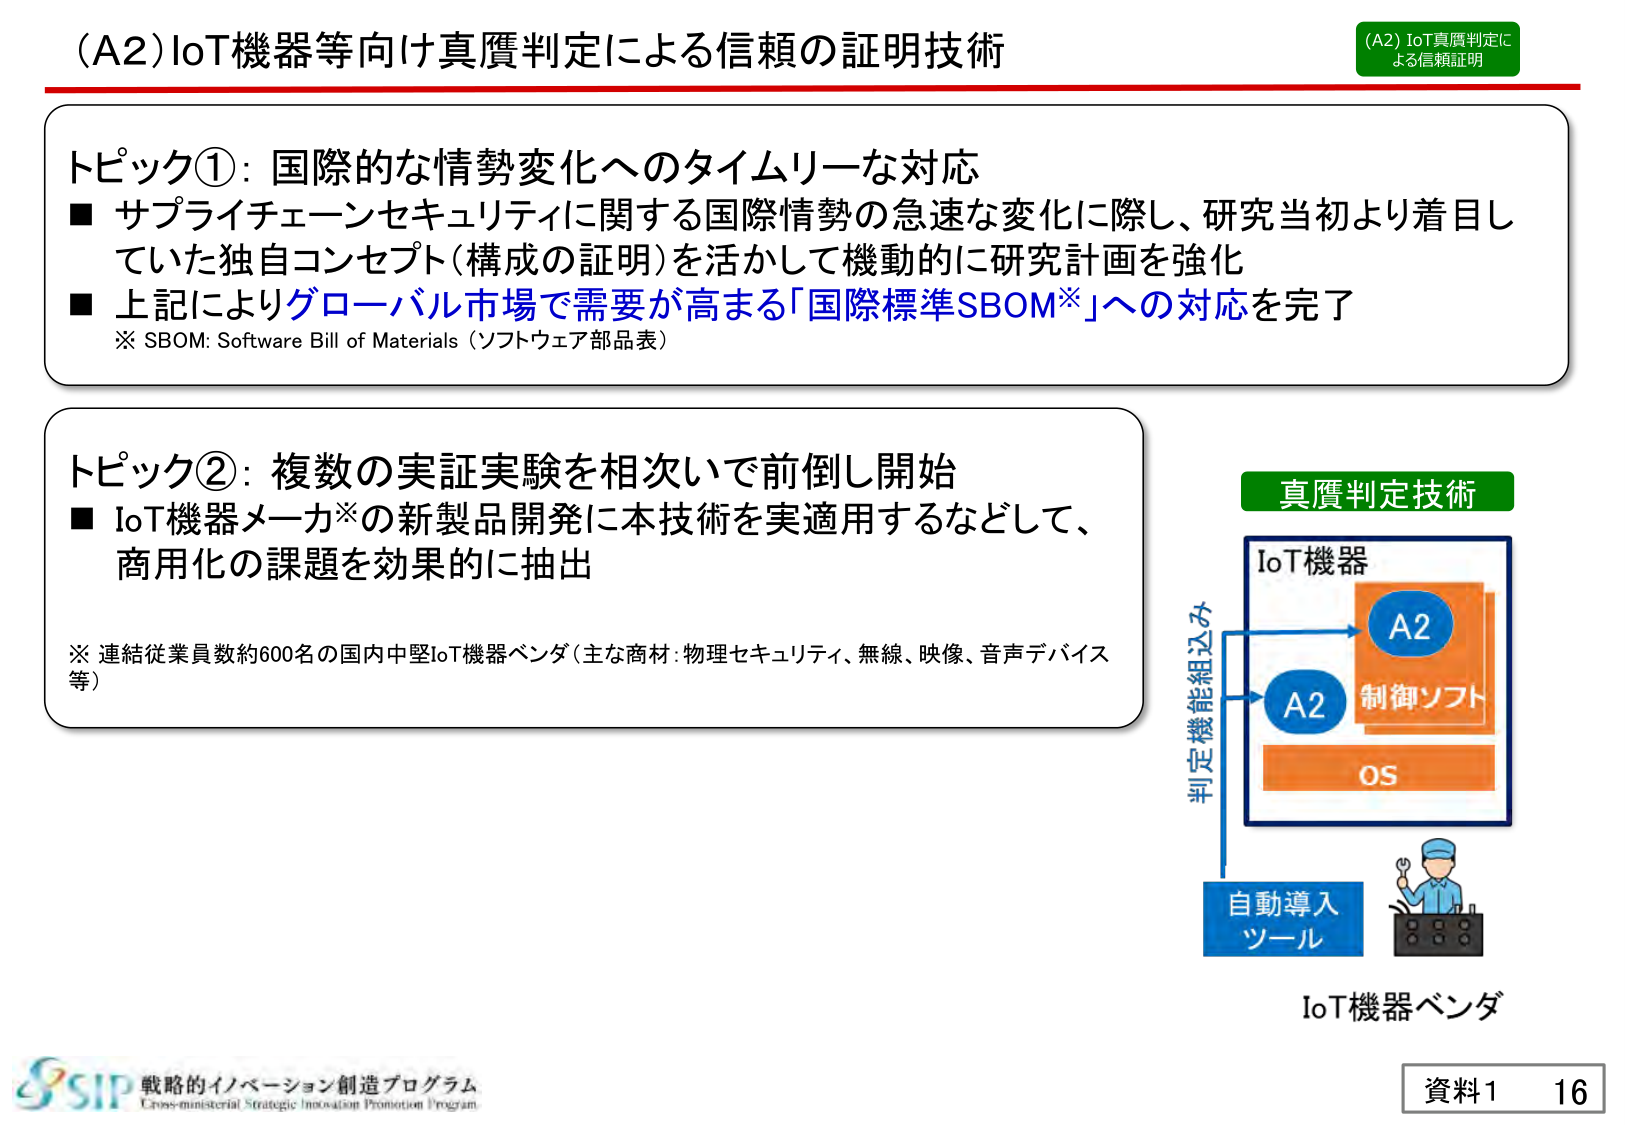
(A2) IoT機器等向け真贋判定による信頼の証明技術

(A2) IoT真贋判定による信頼証明

トピック①：国際的な情勢変化へのタイムリーな対応
■ サプライチェーンセキュリティに関する国際情勢の急速な変化に際し、研究当初より着目していた独自コンセプト（構成の証明）を活かして機動的に研究計画を強化
■ 上記によりグローバル市場で需要が高まる「国際標準SBOM※」への対応を完了
※ SBOM: Software Bill of Materials（ソフトウェア部品表）

トピック②：複数の実証実験を相次いで前倒し開始
■ IoT機器メーカ※の新製品開発に本技術を実適用するなどして、商用化の課題を効果的に抽出
※ 連結従業員数約600名の国内中堅IoT機器ベンダ（主な商材：物理セキュリティ、無線、映像、音声デバイス等）

真贋判定技術
IoT機器
A2
制御ソフト
OS
判定機能組込み
自動導入ツール
IoT機器ベンダ

戦略的イノベーション創造プログラム
Cross-ministerial Strategic Innovation Promotion Program

資料1 16